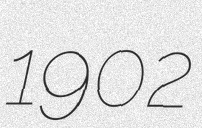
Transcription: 1902